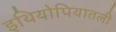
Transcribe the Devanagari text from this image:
इथियोपियातली